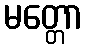
မတ္တော